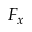
F _ { x }